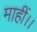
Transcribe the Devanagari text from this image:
माहीं।।